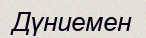
Дүниемен